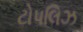
ટોપલિઝ